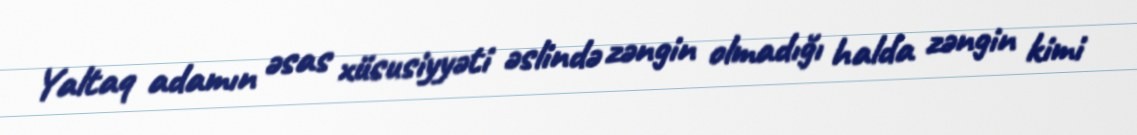
Yaltaq adamın əsas xüsusiyyəti əslində zəngin olmadığı halda zəngin kimi